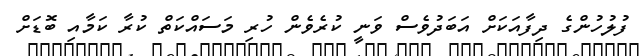
ފުލުހުންގެ ދިފާއަކަށް އަބަދުވެސް ވަނީ ކުރެވެން ހުރި މަސައްކަތް ކުރާ ކަމާއި ބޮޑަށް